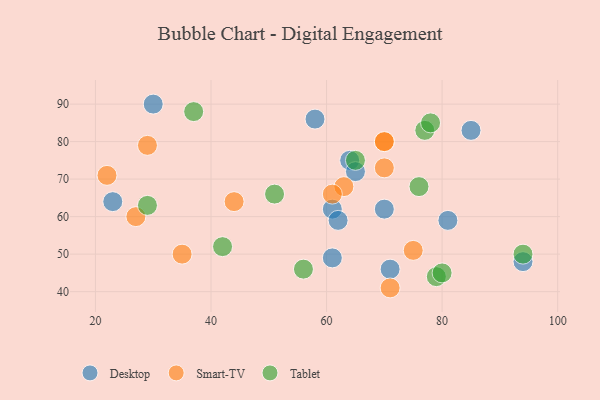
{"axis": {"x": "GDP", "y": "Life Expectancy"}, "legend": ["Desktop", "Smart-TV", "Tablet"], "data": [{"x": "64", "y": 75, "type": "Desktop"}, {"x": "70", "y": 62, "type": "Desktop"}, {"x": "23", "y": 64, "type": "Desktop"}, {"x": "81", "y": 59, "type": "Desktop"}, {"x": "61", "y": 62, "type": "Desktop"}, {"x": "30", "y": 90, "type": "Desktop"}, {"x": "65", "y": 72, "type": "Desktop"}, {"x": "85", "y": 83, "type": "Desktop"}, {"x": "62", "y": 59, "type": "Desktop"}, {"x": "58", "y": 86, "type": "Desktop"}, {"x": "94", "y": 48, "type": "Desktop"}, {"x": "61", "y": 49, "type": "Desktop"}, {"x": "71", "y": 46, "type": "Desktop"}, {"x": "44", "y": 64, "type": "Smart-TV"}, {"x": "71", "y": 41, "type": "Smart-TV"}, {"x": "29", "y": 79, "type": "Smart-TV"}, {"x": "35", "y": 50, "type": "Smart-TV"}, {"x": "22", "y": 71, "type": "Smart-TV"}, {"x": "75", "y": 51, "type": "Smart-TV"}, {"x": "70", "y": 73, "type": "Smart-TV"}, {"x": "63", "y": 68, "type": "Smart-TV"}, {"x": "70", "y": 80, "type": "Smart-TV"}, {"x": "70", "y": 80, "type": "Smart-TV"}, {"x": "61", "y": 66, "type": "Smart-TV"}, {"x": "27", "y": 60, "type": "Smart-TV"}, {"x": "77", "y": 83, "type": "Tablet"}, {"x": "76", "y": 68, "type": "Tablet"}, {"x": "65", "y": 75, "type": "Tablet"}, {"x": "79", "y": 44, "type": "Tablet"}, {"x": "56", "y": 46, "type": "Tablet"}, {"x": "78", "y": 85, "type": "Tablet"}, {"x": "42", "y": 52, "type": "Tablet"}, {"x": "80", "y": 45, "type": "Tablet"}, {"x": "51", "y": 66, "type": "Tablet"}, {"x": "94", "y": 50, "type": "Tablet"}, {"x": "37", "y": 88, "type": "Tablet"}, {"x": "29", "y": 63, "type": "Tablet"}]}